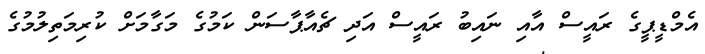
އެމްޑީޕީގެ ރައީސް އާއި ނައިބު ރައީސް އަދި ޗެއާޕާސަން ކަމުގެ މަގާމަށް ކުރިމަތިލުމުގެ